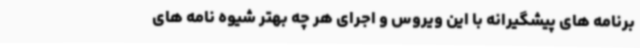
برنامه های پیشگیرانه با این ویروس و اجرای هر چه بهتر شیوه نامه های